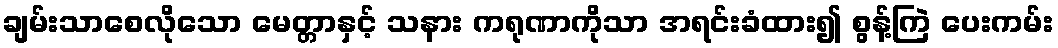
ချမ်းသာစေလိုသော မေတ္တာနှင့် သနား ကရုဏာကိုသာ အရင်းခံထား၍ စွန့်ကြဲ ပေးကမ်း